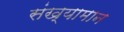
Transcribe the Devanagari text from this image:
संख्यामान